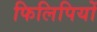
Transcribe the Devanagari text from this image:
फिलिपियों